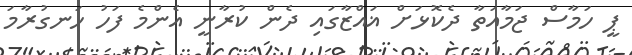
ޕީ ހަމާސް ޖަމާއަތާ ދެކޮޅަށް ޣައްޒާގައި ދެން ކުރާނީ އެންމެ ފަހު ހަނގުރާމަ